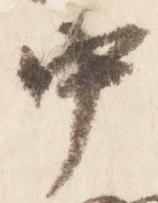
中